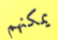
يمكنهم